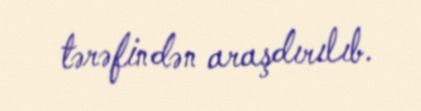
tərəfindən araşdırılıb.